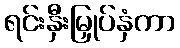
ရင်းနှီးမြှုပ်နှံကာ